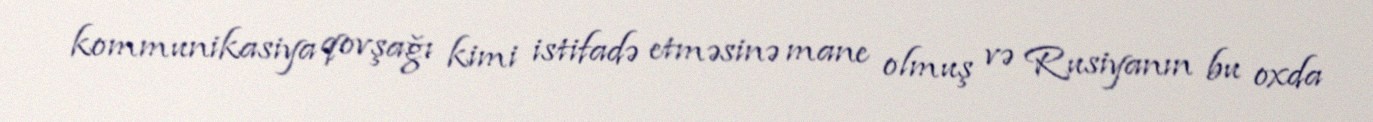
kommunikasiya qovşağı kimi istifadə etməsinə mane olmuş və Rusiyanın bu oxda